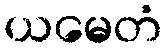
ယမေတံ